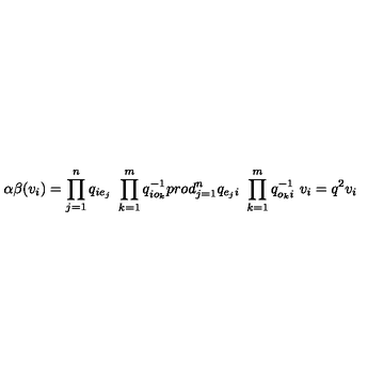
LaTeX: \alpha \beta ( v _ { i } ) = \prod _ { j = 1 } ^ { n } q _ { i e _ { j } } \ \prod _ { k = 1 } ^ { m } q _ { i o _ { k } } ^ { - 1 } p r o d _ { j = 1 } ^ { n } q _ { e _ { j } i } \ \prod _ { k = 1 } ^ { m } q _ { o _ { k } i } ^ { - 1 } \ v _ { i } = q ^ { 2 } v _ { i }